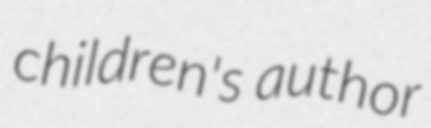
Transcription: children's author